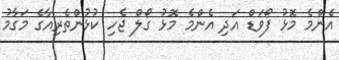
އެންމެ މޮޅު ފޯވަޑް އަދި އެންމެ މޮޅު ގޯލް ޖެހި ކުޅުންތެރިއާގެ މަގާމު